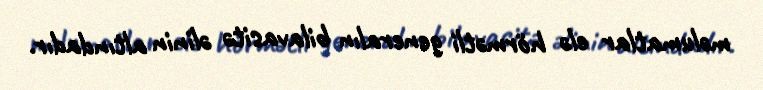
məlumatlar elə hörmətli generalın bilavasitə əlinin altındadır.